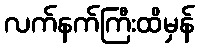
လက်နက်ကြီးထိမှန်